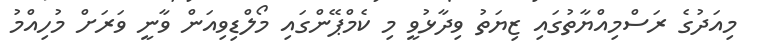
މިއަދުގެ ރަސްމިއްޔާތުގައި ޒިޔަތު ވިދާޅުވީ މި ކެމްޕޭންގައި މޯލްޑިވިއަން ވާނީ ވަރަށް މުހިއްމު